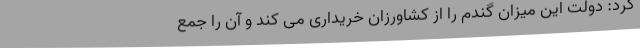
کرد: دولت این میزان گندم را از کشاورزان خریداری می کند و آن را جمع